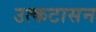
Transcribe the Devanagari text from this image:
उत्कटासन